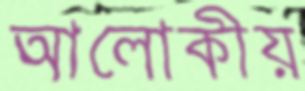
আলোকীয়